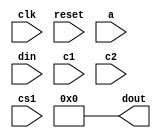

module hs_ram(input clk,
	      input 	   reset,
	      input [5:0]  a,
	      output [7:0] dout,
	      input [7:0]  din,
	      input 	   c1,
	      input 	   c2,
	      input 	   cs1);
   
   assign dout = 8'b0;
   
endmodule